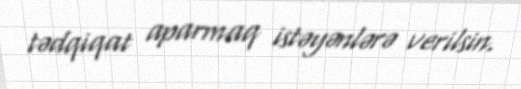
tədqiqat aparmaq istəyənlərə verilsin.